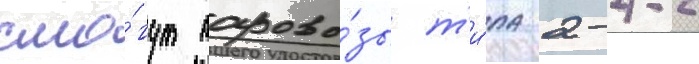
смо́гут парово́зы т'и́па 2-4-2